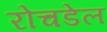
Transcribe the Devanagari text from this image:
रोचडेल